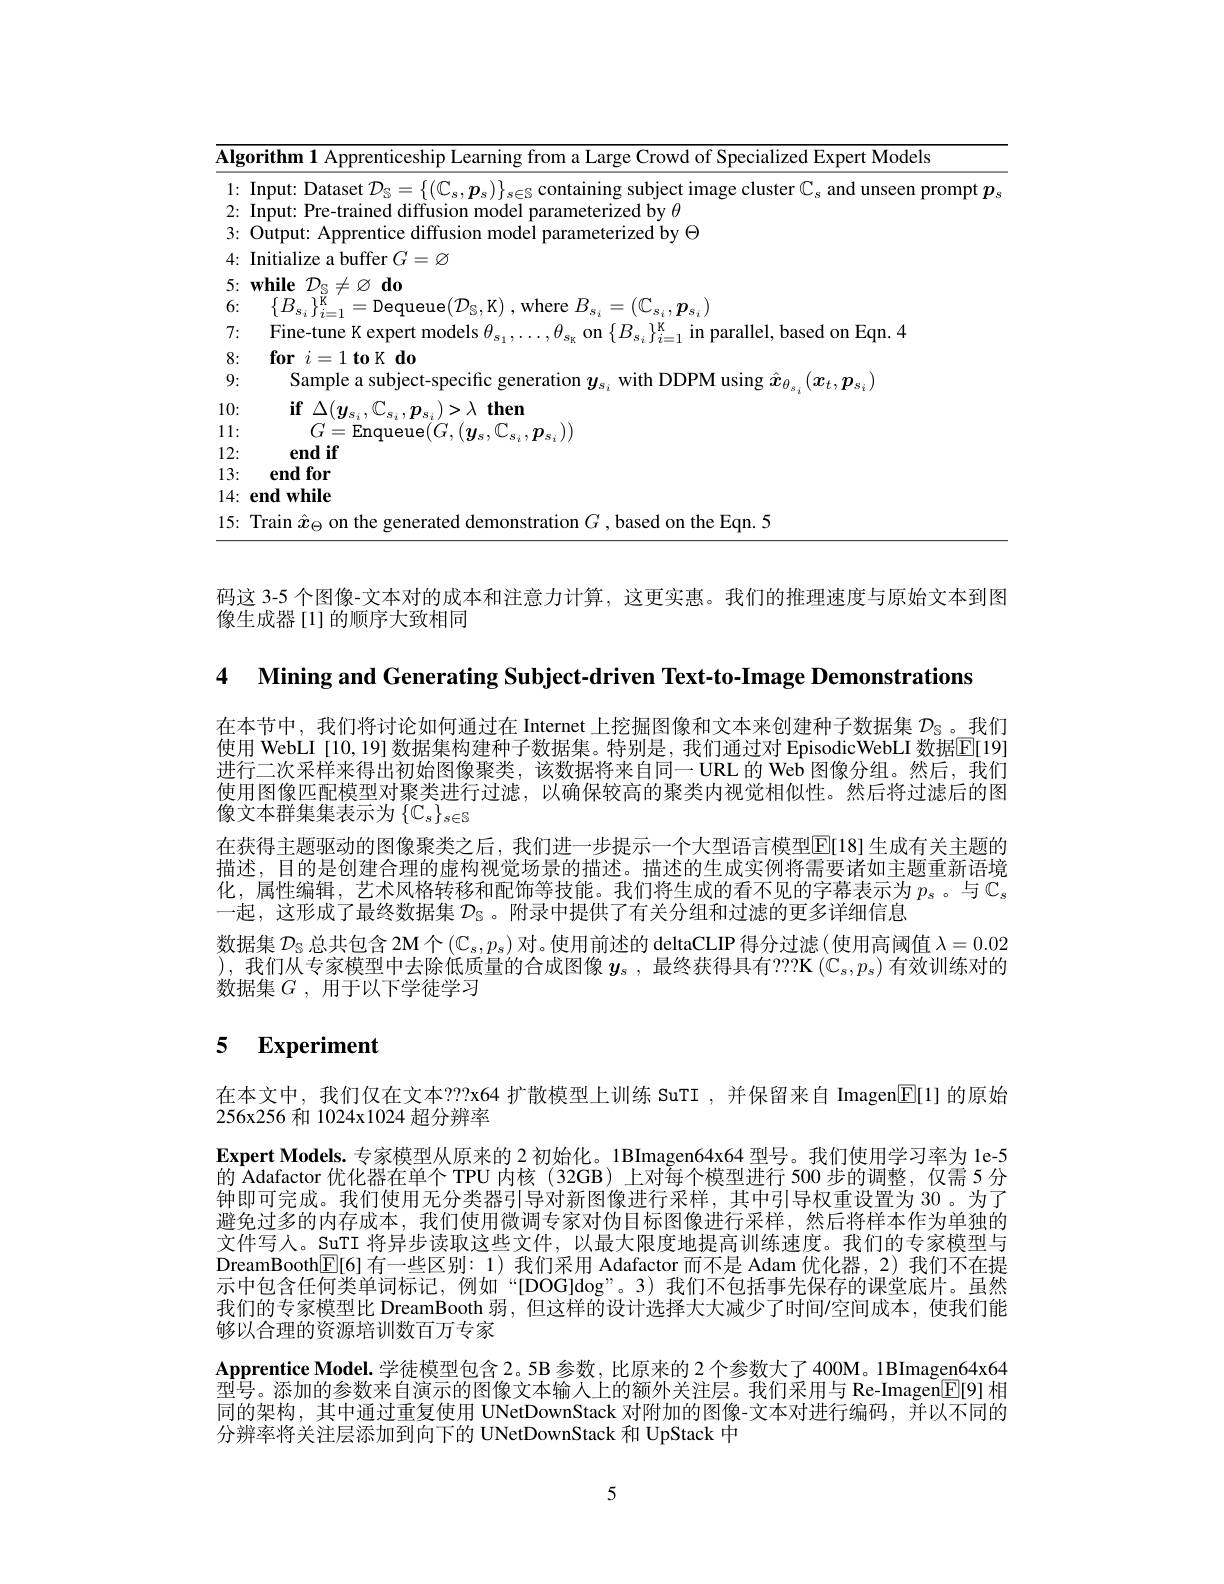
$^{[\:p_{s}}$

<table>
	<tbody>
		<tr>
			<td>$\underline{\overline{{\Pi g}}}$ - - 1 </td>
			<td>orithm I Apprenticeship Learn rowd of Specialized Expert Models</td>
		</tr>
		<tr>
			<td>1 $\bullet$</td>
			<td>mmit" unseen Drom</td>
		</tr>
		<tr>
			<td>2: T </td>
			<td>nput: Pre-trained diffusion mode meterized hv $t$</td>
		</tr>
		<tr>
			<td>3: $\bullet$</td>
			<td>Output: Ar rentice diffusion mode arameterized bv $\Theta$</td>
		</tr>
		<tr>
			<td>4: $\bullet$ 、 1</td>
			<td>Initialize a buffer $G=\varnothing$</td>
		</tr>
		<tr>
			<td>5: $\bullet$</td>
			<td>$\textbf{while}\mathcal{D} _{\mathbb{S} }\neq \varnothing \textbf{do}$</td>
		</tr>
		<tr>
			<td>6: ·</td>
			<td>$H$ $1K$ $ueue("D_{\mathrm{S}}.K).$ where $B_{. }=$ $=(\mathbb{C}_{\mathbf{s}},p_{\mathrm{s}}$,</td>
		</tr>
		<tr>
			<td>7: · </td>
			<td>Fine-tune K exnert models $\theta$ mf parallel. based on Fan.4</td>
		</tr>
		<tr>
			<td>8 · 1</td>
			<td>$\textbf{for}i= 1\textbf{toK do}$</td>
		</tr>
		<tr>
			<td>9: ·</td>
			<td>Sample a subject-specific gen ith DDPM using $x_{c}$ $[\boldsymbol{T}_{i},\boldsymbol{\eta}_{i}$</td>
		</tr>
		<tr>
			<td>0: </td>
			<td>$\textbf{if}\Delta ( y_{s_i}, \mathbb{C} _{s_i}, p_{s_i}) > \lambda \textbf{then}$</td>
		</tr>
		<tr>
			<td>1 $\bullet$ 1</td>
			<td>=Fnanelle( $r$ $p_{s}))$</td>
		</tr>
		<tr>
			<td>2: T</td>
			<td>endif</td>
		</tr>
		<tr>
			<td>3: ·</td>
			<td>end for</td>
		</tr>
		<tr>
			<td>$\lfloor4;$ ·</td>
			<td>endwhile</td>
		</tr>
		<tr>
			<td>15: $\bullet$</td>
			<td>fon the Fan 5</td>
		</tr>
	</tbody>
</table>

码这 3-5 个图像-文本对的成本和注意力计算，这更实惠。我们的推理速度与原始文本到图
像生成器[1]的顺序大致相同

4 Mining and Generating Subject-driven Text-to-Image Demonstrations

在本节中，我们将讨论如何通过在 Internet 上挖掘图像和文本来创建种子数据集$D_\mathrm{S}$ 。我们使用 WebLI [10,19] 数据集构建种子数据集。特别是，我们通过对 EpisodicWebLI 数据$\mathbb{E}[19]$ 进行二次采样来得出初始图像聚类，该数据将来自同一 URL 的 Web 图像分组。然后，我们使用图像匹配模型对聚类进行过滤，以确保较高的聚类内视觉相似性。然后将过滤后的图像文本群集集表示为$\left\{\mathbb{C}_s\right\}_{s\in\mathbb{S}}$
在获得主题驱动的图像聚类之后，我们进一步提示一个大型语言模型$\mathbb{E}[18]$生成有关主题的描述，目的是创建合理的虚构视觉场景的描述。描述的生成实例将需要诸如主题重新语境化，属性编辑，艺术风格转移和配饰等技能。我们将生成的看不见的字幕表示为$p_s$ 。与$\mathbb{C}_s$ 一起，这形成了最终数据集$D_\mathrm{S}$ 。附录中提供了有关分组和过滤的更多详细信息
数据集$\mathcal{D}_\mathrm{s}$总共包含 2M个$(\mathbb{C}_s,p_s)$对。使用前述的 deltaCLIP 得分过滤 (使用高阈值$\lambda=0.02$ $\begin{aligned}\text{),我们从专家模型中去除低质量的合成图像 }y_s\mathrm{~,~}\text{最终获得具有？??K }(\mathbb{C}_s,p_s)\text{ 有效训练对的}\end{aligned}$ 数据集$G$,用于以下学徒学习

# 5 $\textbf{Experiment}$

在本文中，我们仅在文本？??x64 扩散模型上训练 SuTI ,并保留来自 Imagen$\overline{\mathbb{E}}[1]$的原始
256x256 和 1024x1024 超分辨率
Expert Models.专家模型从原来的 2 初始化。1BImagen64x64 型号。我们使用学习率为 le-5的 Adafactor 优化器在单个 TPU 内核 (32GB) 上对每个模型进行 500 步的调整，仅需 5 分钟即可完成。我们使用无分类器引导对新图像进行采样，其中引导权重设置为 30 。为了避免过多的内存成本，我们使用微调专家对伪目标图像进行采样，然后将样本作为单独的文件写人。SuTT 将异步读取这些文件，以最大限度地提高训练速度。我们的专家模型与DreamBooth$\boxed{\mathbb{F}}[6]$有一些区别：1) 我们采用 Adafactor 而不是 Adam 优化器，2) 我们不在提示中包含任何类单词标记，例如“[DOG]dog”。3)我们不包括事先保存的课堂底片。虽然我们的专家模型比 DreamBooth 弱，但这样的设计选择大大减少了时间/空间成本，使我们能够以合理的资源培训数百万专家
Apprentice Model.学徒模型包含 2。5B 参数，比原来的 2 个参数大了 400M。1BImagen64x64型号。添加的参数来自演示的图像文本输入上的额外关注层。我们采用与 Re-Imagen[E[9] 相同的架构，其中通过重复使用 UNetDownStack 对附加的图像-文本对进行编码，并以不同的分辨率将关注层添加到向下的 UNetDownStack 和 UpStack 中

5